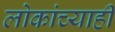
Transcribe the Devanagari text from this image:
लोकांच्याही